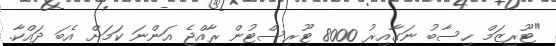
"ޓޫރިޒަމް ހިސާބު ނަގާއިރު 8000 ޓޫރިސްޓުން ރާއްޖެ އަންނަ ކަމަށް އެބަ ދައްކާ.